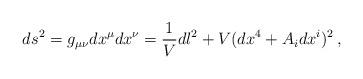
LaTeX: \begin{align*} ds^{2}=g_{\mu\nu}dx^{\mu}dx^{\nu}=\frac{1}{V}dl^{2}+V(dx^{4}+A_{i}dx^{i})^{2}\,,\end{align*}